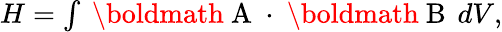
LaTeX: \begin{array}{r}{H=\int\mathrm{~\boldmath~A~}\cdot\mathrm{~\boldmath~B~}\, dV,}\end{array}